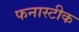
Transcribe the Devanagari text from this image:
फनास्टीक